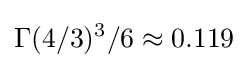
\Gamma (4/3)^{3}/6\approx 0.119